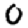
Digit: 0